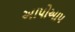
અાપોઆપ